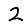
Digit: 2